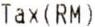
TAX(RM)